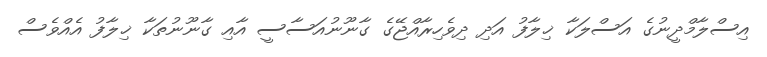
އިސްލާމްދީނުގެ އަސްލަކާ ޚިލާފު އަދި ދިވެހިރާއްޖޭގެ ގާނޫނުއަސާސީ އާއި ގާނޫނުތަކާ ޚިލާފު އެއްވެސް